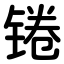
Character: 锩